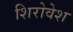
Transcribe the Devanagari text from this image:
शिरोवेश